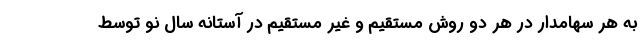
به هر سهامدار در هر دو روش مستقیم و غیر مستقیم در آستانه سال نو توسط